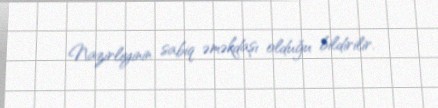
Nazirliyinin sabiq əməkdaşı olduğu bildirilir.